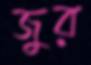
জুর